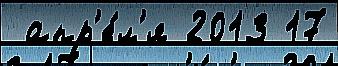
 апр'е́л'я 2013 17